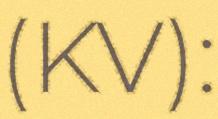
(KV):